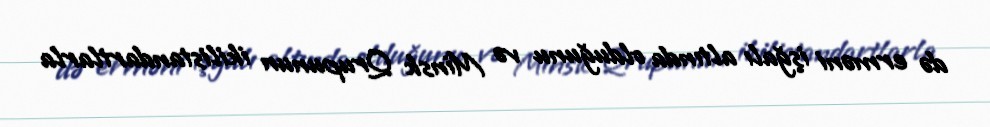
də erməni işğalı altında olduğunu və Minsk Qrupunun ikilistandartlarla